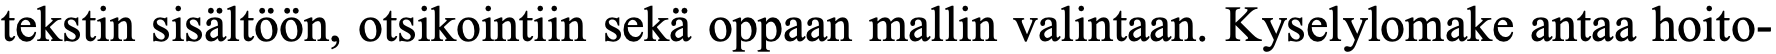
tekstin sisältöön, otsikointiin sekä oppaan mallin valintaan. Kyselylomake antaa hoito-